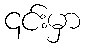
၎င်းမှာ